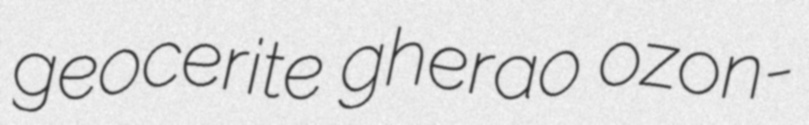
geocerite gherao ozon-